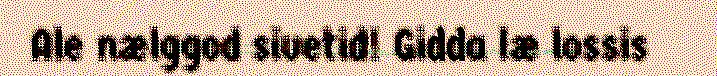
Ale nælggod sivetid! Gidda læ lossis